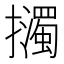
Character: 𢹅